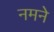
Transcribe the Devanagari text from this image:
नमने